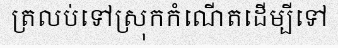
ត្រលប់ទៅស្រុកកំណើតដើម្បីទៅ